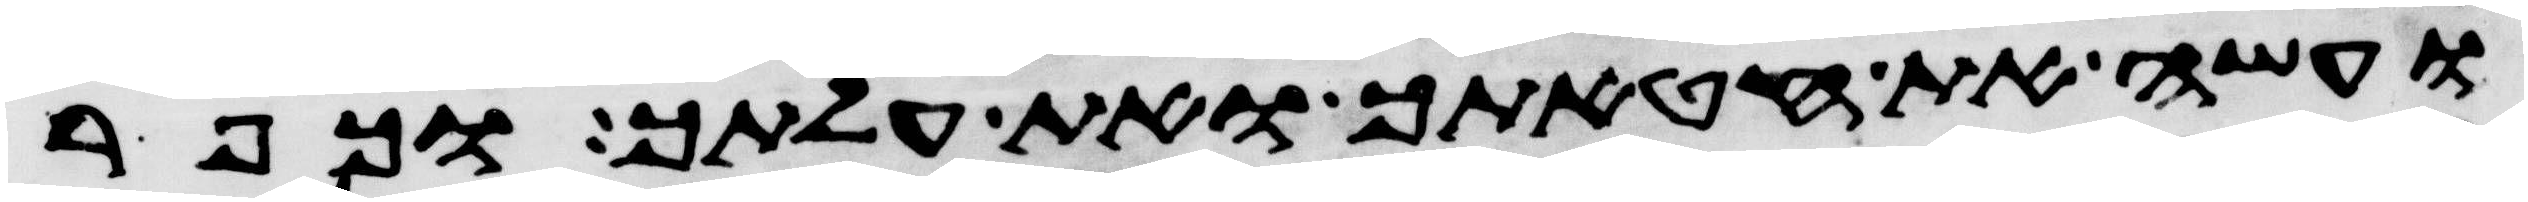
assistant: ועשה את חטאתך ואת עלתך וכפר